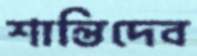
শান্তিদেব